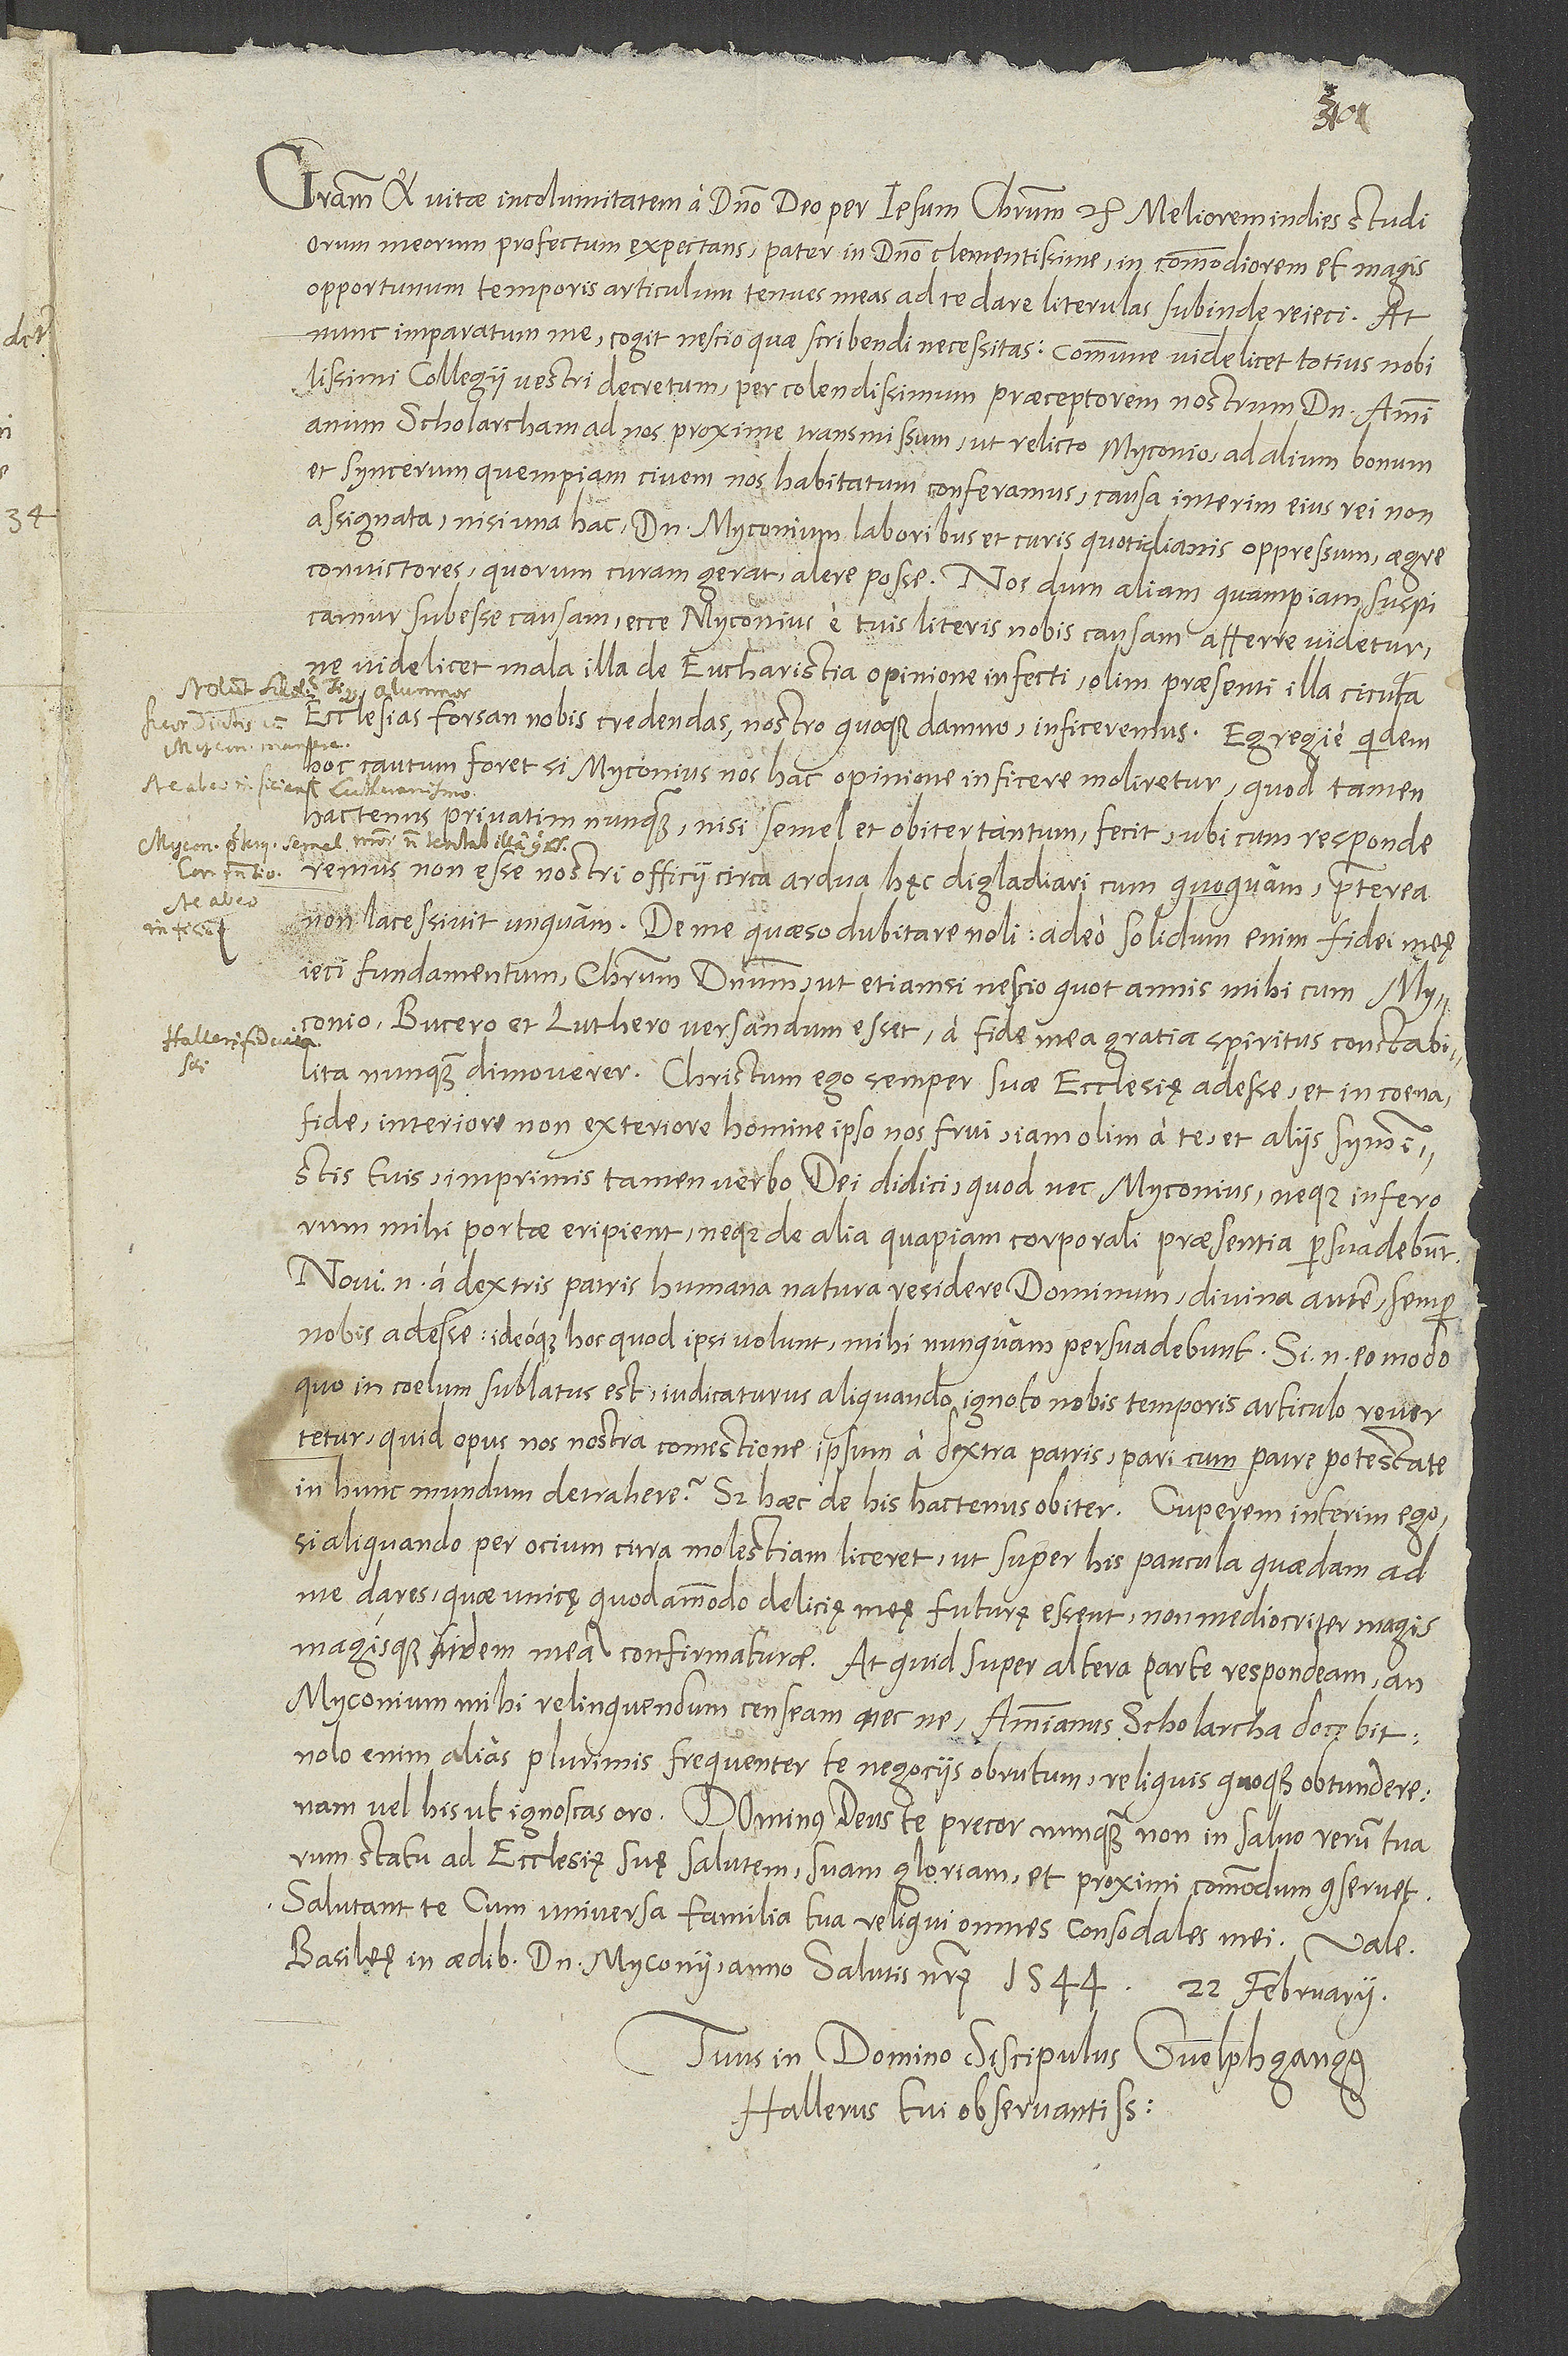
Gratiam et vitae incolumitatem a domino deo per Iesum Christum etc. Meliorem indies studiorum
meorum profectum expectans, pater in domino clementissime, in commodiorem et magis
opportunum temporis articulum tenues meas ad te dare literulas subinde reieci. At
nunc imparatum me cogit nescio quae scribendi necessitas, commune videlicet totius nobilissimi
collegii vestri decretum per colendissimum praeceptorem nostrum d. Ammianum
scholarcham ad nos proxime transmissum, ut relicto Myconio ad alium bonum
et syncerum quempiam civem nos habitatum conferamus, causa interim eius rei non
assignata nisi una hac: dominum Myconium laboribus et curis quotidianis oppressum aegre
convictores, quorum curam gerat, alere posse. Nos dum aliam quampiam suspicamur
subesse causam, ecce Myconius e tuis literis nobis causam afferre videtur,
ne videlicet mala illa de eucharistia opinione affecti olim praesenti illa cicuta
ecclesias forsan nobis credendas nostro quoque damno inficeremus. Egregie quidem
hoc cautum foret, si Myconius nos hac opinione inficere moliretur, quod tamen
hactenus privatim nunquam nisi semel et obiter tantum fecit, ubi, cum responderemus
non esse nostri officii circa ardua hęc digladiari cum quoquam, praeterea
non lacessivit unquam. De me, quaeso, dubitare noli; adeo solidum enim fidei meę
ieci fundamentum Christum dominum, ut, etiamsi nescio quot annis mihi cum Myconio,
Bucero et Luthero versandum esset, a fide mea gratia spiritus constabilita
nunquam dimoverer. Christum ego semper suae ecclesię adesse et in coena
fide, interiore, non exteriore homine ipso nos frui iam olim a te et aliis symmistis
tuis, imprimis tamen verbo dei didici, quod nec Myconius neque inferorum
mihi portae eripient neque de alia quapiam corporali praesentia persuadebunt.
Novi enim a dextris patris humana natura residere dominum, divina autem semper
nobis adesse, ideoque hoc, quod ipsi volunt, mihi nunquam persuadebunt. Si enim eo modo,
quo in coelum sublatus est, iudicaturus aliquando ignoto nobis temporis articulo revertetur,
quid opus nos nostra comestione ipsum a dextra patris pari cum patre potestate
in hunc mundum detrahere? Sed haec de his hactenus obiter. Cuperem interim ego,
si aliquando per ocium citra molestiam liceret, ut super his paucula quaedam ad
me dares, quae unicę quodammodo delicię meę futurę essent non mediocriter magis
magisque fidem meam confirmaturae. At quid super altera parte respondeam, an
Myconium mihi relinquendum censeam necne, Ammianus scholarcha docebit;
nolo enim alias plurimis frequenter te negociis obrutum reliquis quoque obtundere;
nam vel his ut ignoscas, oro. Dominus deus te, precor, nunquam non in salvo rerum tuarum
statu ad ecclesię suę salutem, suam gloriam et proximi commodum conservet.
Salutant te cum universa familia tua reliqui omnes consodales mei. Vale.
Basileę, in aedibus domini Myconii, anno salutis nostrę 1544, 22. februarii.
Tuus in domino discipulus Guolphgangus
Hallerus, tui observantissimus.